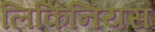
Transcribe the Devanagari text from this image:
लिकिनियस